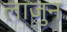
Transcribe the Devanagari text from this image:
लाजुन